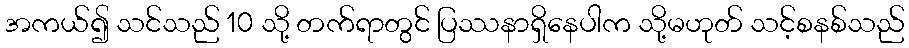
အကယ်၍ သင်သည် 10 သို့ တက်ရာတွင် ပြဿနာရှိနေပါက သို့မဟုတ် သင့်စနစ်သည်